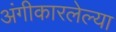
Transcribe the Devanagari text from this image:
अंगीकारलेल्या